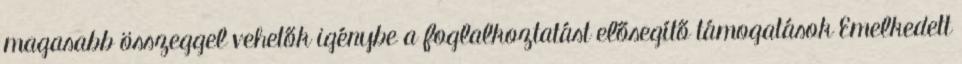
magasabb összeggel vehetők igénybe a foglalkoztatást elősegítő támogatások Emelkedett